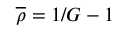
\overline { { \rho } } = 1 / G - 1